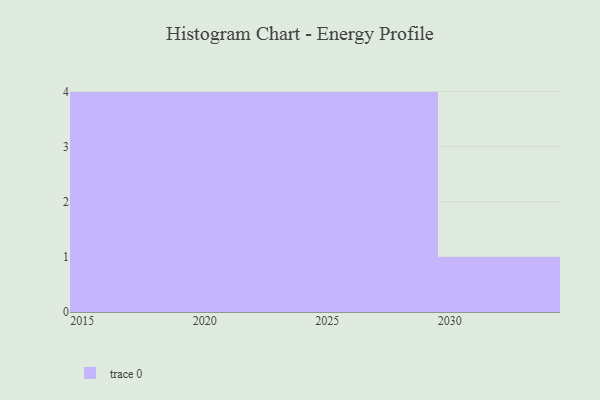
{"axis": {"x": "Year", "y": "Temperature (°C)"}, "legend": [""], "data": [{"x": "2024", "y": 30, "type": ""}, {"x": "2030", "y": 81, "type": ""}, {"x": "2027", "y": 64, "type": ""}, {"x": "2017", "y": 11, "type": ""}, {"x": "2016", "y": 5, "type": ""}, {"x": "2029", "y": 56, "type": ""}, {"x": "2023", "y": 87, "type": ""}, {"x": "2021", "y": 49, "type": ""}, {"x": "2020", "y": 38, "type": ""}, {"x": "2028", "y": 98, "type": ""}, {"x": "2019", "y": 99, "type": ""}, {"x": "2025", "y": 83, "type": ""}, {"x": "2018", "y": 33, "type": ""}]}